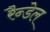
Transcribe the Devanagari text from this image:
रैन्डेल